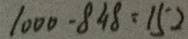
1 0 0 0 - 8 4 8 = 1 5 2